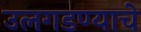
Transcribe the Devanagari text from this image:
उलगडण्याचे